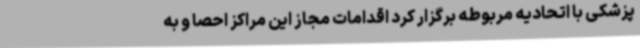
پزشکی با اتحادیه مربوطه برگزار کرد اقدامات مجاز این مراکز احصا و به